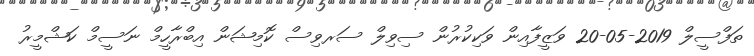
ތަފްސީލް 2019-05-20 ވަޒީފާއިން ވަކިކުރުން ސިވިލް ސަރވިސް ކޮމިޝަން އިބްރާހީމް ނަސީމް ކަޝްމީރު